Studies on the mouth parts a Comparative anatomy of the proboscis in the blood-sucking muscidae - Number 60
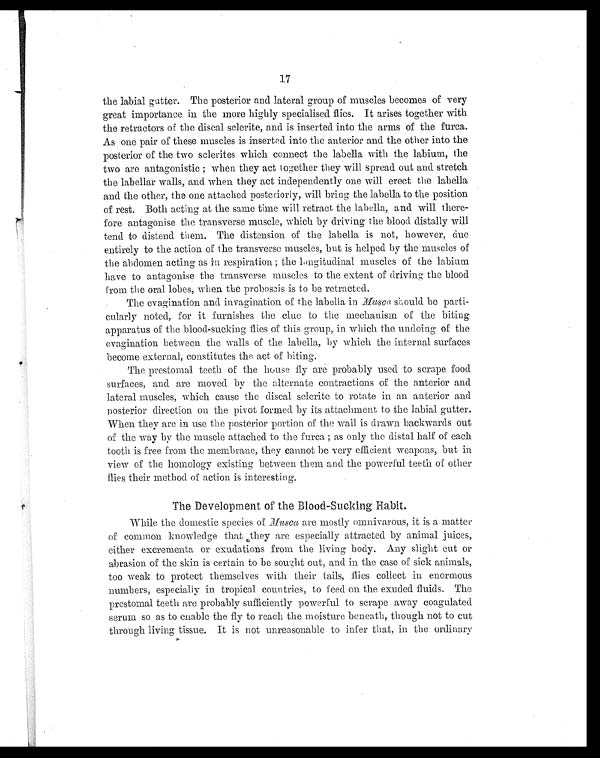
17
the labial gutter. The posterior and lateral group of muscles becomes of very
great importance in the more highly specialised flies. It arises together with
the retractors of the discal sclerite, and is inserted into the arms of the furca.
As one pair of these muscles is inserted into the anterior and the other into the
posterior of the two sclerites which connect the labella with the labium, the
two are antagonistic ; when they act I ogether they will spread out and stretch
the labellar walls, and when they act independently one will erect the labella
and the other, the one attached posteriorly, will bring the labella to the position
of rest. Both acting at the same time will retract the labella, and will there-
fore antagonise the transverse muscle, which by driving the blood distally will
tend to distend them. The distension of the labella is not, however, due
entirely to the action of the transverse muscles, but is helped by the muscles of
the abdomen acting as in respiration ; the longitudinal muscles of the labium
have to antagonise the transverse muscles to the extent of driving the blood
from the oral lobes, when the proboseis is to be retracted.
The evagination and. invagination of the labella in Musca should be parti-
cularly noted, for it furnishes the clue to the mechanism of the biting
apparatus of the blood-sucking flies of this group, in which the undoing of the
evagination between the walls of the labella, by which the internal surfaces
become external, constitutes the act of biting.
The prestomal teeth of the house fly are probably used to scrape food
surfaces, and are moved by the alternate contractions of the anterior and
lateral muscles, which cause the discal sclerite to rotate in an anterior and
posterior direction on the pivot formed by its attachment to the labial gutter.
When they are in use the posterior portion of the wall is drawn backwards out
of the way by the muscle attached to the furca ; as only the distal half of each
tooth is free from the membrane, they cannot be very efficient weapons, but in
view of the homology existing between them and the powerful teeth of other
flies their method of action is interesting.
The Development of the Blood-Sucking Habit.
While the domestic species of Musca are mostly omnivarous, it is a matter
of common knowledge that they are especially attracted by animal juices,
either excrementa or exudations from the living body. Any slight cut or
abrasion of the skin is certain to be sought out, and in the case of sick animals,
too weak to protect themselves with their tails, flies collect in enormous
numbers, especially in tropical countries, to feed on the exuded fluids. The
prestomal teeth are probably sufficiently powerful to scrape away coagulated
serum so as to enable the fly to reach the moisture beneath, though not to cut
through living tissue. It is not unreasonable to infer that, in the ordinary
•